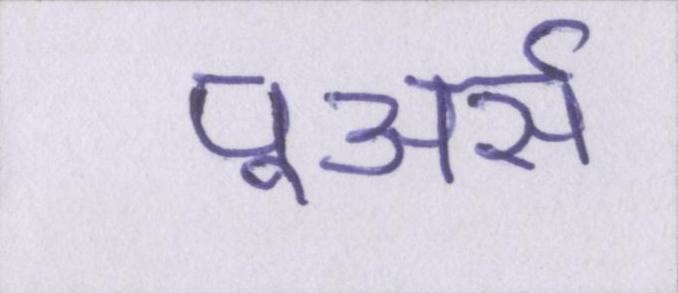
पूअर्स